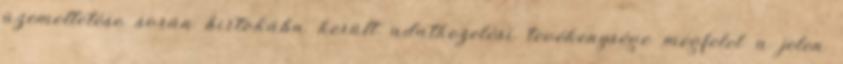
üzemeltetése során birtokába került adatkezelési tevékenysége megfelel a jelen